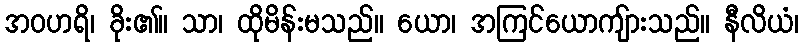
အဝဟရိ၊ ခိုး၏။ သာ၊ ထိုမိန်းမသည်။ ယော၊ အကြင်ယောကျ်ားသည်။ နီလိယံ၊